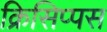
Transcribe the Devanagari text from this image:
क्रिसिप्पस